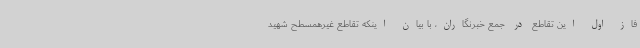
فاز اول این تقاطع در جمع خبرنگاران، با بیان اینکه تقاطع غیرهمسطح شهید